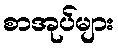
စာအုပ်များ